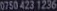
0750 423 1236